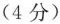
(4分)